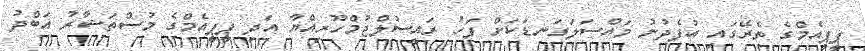
ޕީޕީއެމްގެ ތެރޭގައި އުފެދުނު މައްސަލަގަނޑަކަށް ފަހު ރައީސުލްޖުމްހޫރިއްޔާ އަދި ޕީޕީއެމްގެ މުސްތަޝާރު އަބްދު